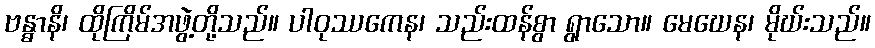
ဗန္ဓာနိ၊ ထိုကြိမ်အဖွဲ့တို့သည်။ ပါဝုဿကေန၊ သည်းထန်စွာ ရွာသော။ မေဃေန၊ မိုဃ်းသည်။